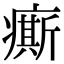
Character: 𤺊